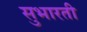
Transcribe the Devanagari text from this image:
सुभारती